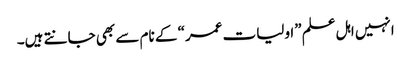
انہیں اہل علم ”اولیات عمر“ کے نام سے بھی جانتے ہیں۔